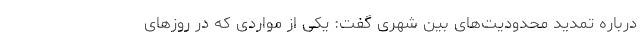
درباره تمدید محدودیت‌های بین شهری گفت: یکی از مواردی که در روزهای